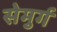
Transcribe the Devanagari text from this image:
सेमुर्ग